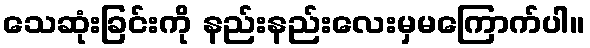
သေဆုံးခြင်းကို နည်းနည်းလေးမှမကြောက်ပါ။